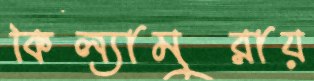
কিল্যামুরায়